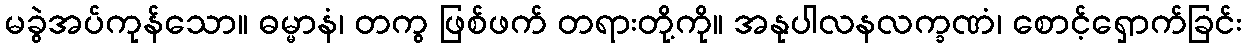
မခွဲအပ်ကုန်သော။ ဓမ္မာနံ၊ တကွ ဖြစ်ဖက် တရားတို့ကို။ အနုပါလနလက္ခဏံ၊ စောင့်ရှောက်ခြင်း